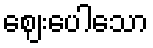
ဈေးပေါသော